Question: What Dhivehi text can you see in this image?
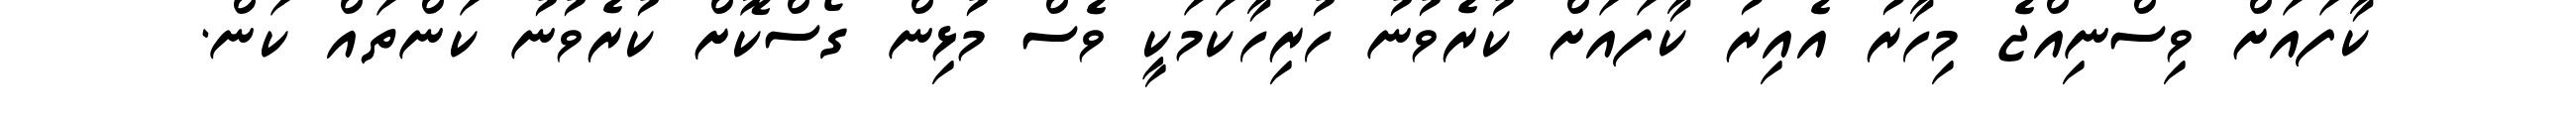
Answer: ކާފައަށް ވިސްނިއްޖެ މިހާރު އެއިރު ކާފައަށް ކުރެވުނު ހުރިހާކަމަކީ ވެސް މުޅިން ގޯސްކޮށް ކުރެވުނު ކަންތައް ކަން.